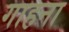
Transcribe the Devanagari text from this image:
गाहना